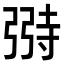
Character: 𫸺